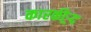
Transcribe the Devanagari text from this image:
कारकीऱ्र्द